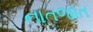
નાતજાત